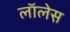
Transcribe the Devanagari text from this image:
लाॅलेस़